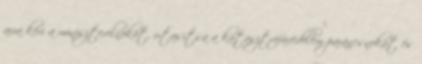
arra kéri a miniszterelnököt, utasítsa a katasztrófavédelem parancsnokát és